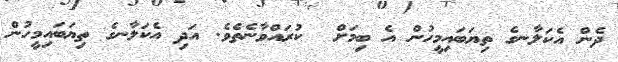
ދެން އެކަލާނގެ ތިޔަބައިމީހުން އެ ބިމަށް  ކުރައްވާނެތެވެ. އަދި އެކަލާނގެ ތިޔަބައިމީހުން